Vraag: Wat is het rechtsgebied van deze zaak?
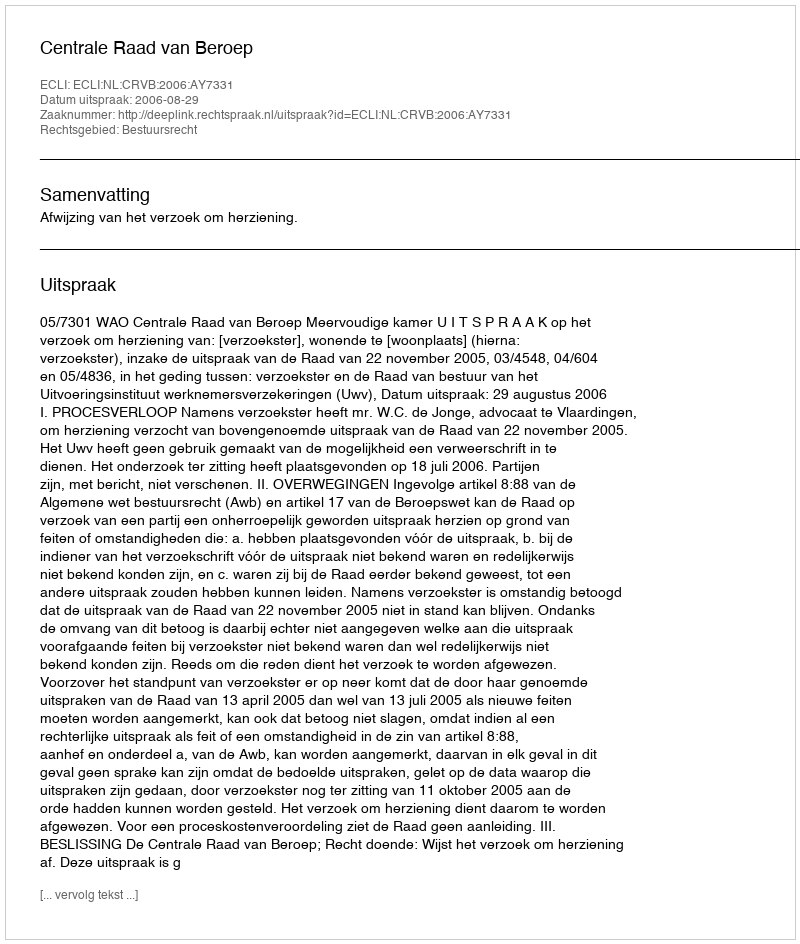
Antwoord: Bestuursrecht